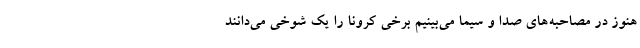
هنوز در مصاحبه‌های صدا و سیما می‌بینیم برخی کرونا را یک شوخی می‌دانند